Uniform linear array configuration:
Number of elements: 24
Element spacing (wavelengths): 0.75
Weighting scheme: blackman
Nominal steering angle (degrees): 45
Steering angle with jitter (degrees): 45.313
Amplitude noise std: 0.05
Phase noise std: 0.05

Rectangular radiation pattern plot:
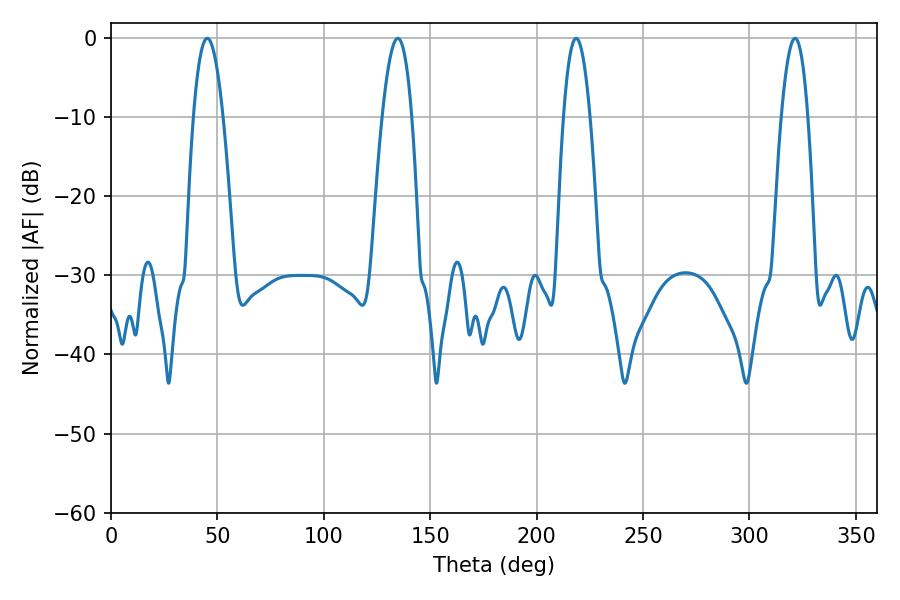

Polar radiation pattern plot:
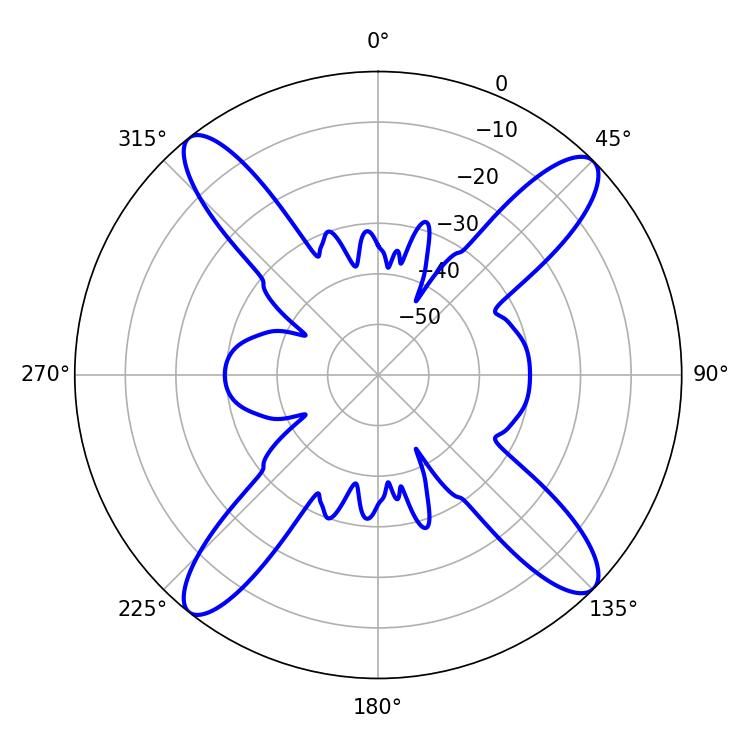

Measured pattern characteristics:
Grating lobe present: TRUE
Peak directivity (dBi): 16.616
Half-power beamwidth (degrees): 6.84
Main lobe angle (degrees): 218.52